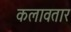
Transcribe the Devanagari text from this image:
कलावतार